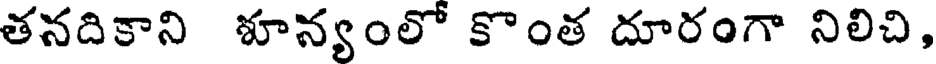
తనదికాని శూన్యంలో కొంత దూరంగా నిలిచి,